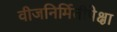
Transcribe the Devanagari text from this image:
वीजनिर्मितीपेक्षा